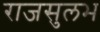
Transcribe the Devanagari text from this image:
राजसुलभ